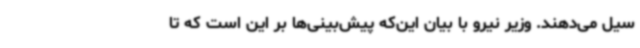
سیل می‌دهند. وزیر نیرو با بیان این‌که پیش‌بینی‌ها بر این است که تا